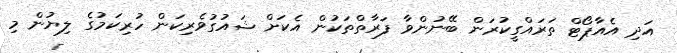
އަދި އެއާޕޯޓް ތަރައްގީކުރަން ބޭނުންވާ ފަރާތްތަކުން އެކަށް ޝައުގުވެރިކަން ހުރިކަމުގެ ލިޔުން މި